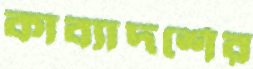
কাব্যাদর্শের